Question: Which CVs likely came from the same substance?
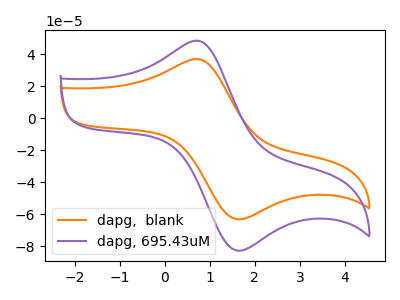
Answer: <think>The orange curve "dapg,  blank" has an anodic peak at (0.75V, 36.80uA) and a cathodic peak at (1.65V, -63.15uA). The purple curve "dapg, 695.43uM" has an anodic peak at (0.75V, 48.20uA) and a cathodic peak at (1.65V, -82.75uA).
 All the peaks in "dapg,  blank" have a peak in "dapg, 695.43uM" at the same potential. Every peak in "dapg,  blank" is lower than every peak in "dapg, 695.43uM".</think>
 <answer>"dapg, 695.43uM" and "dapg,  blank" have the same shape and are likely CV's of the same chemical.</answer>
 <eval>"dapg, 695.43uM" "dapg,  blank"</eval>